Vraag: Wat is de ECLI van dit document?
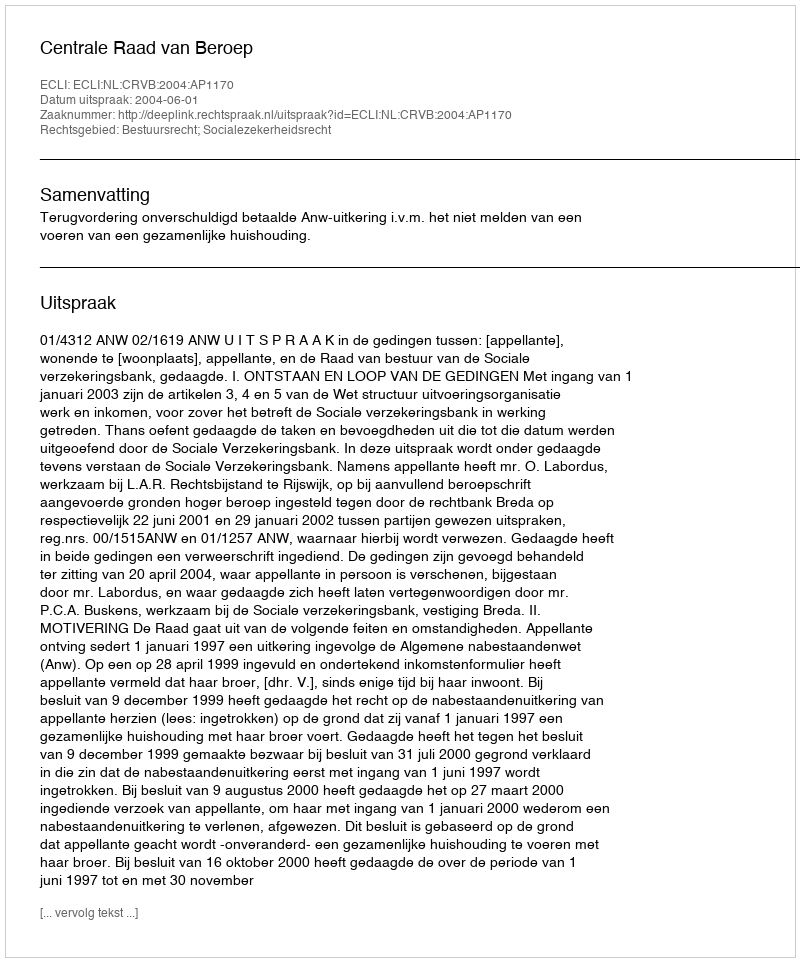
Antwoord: ECLI:NL:CRVB:2004:AP1170